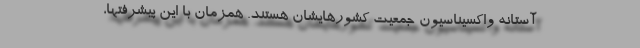
آستانه واکسیناسیون جمعیت کشورهایشان هستند. همزمان با این پیشرفتها،